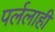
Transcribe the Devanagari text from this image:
पर्ललाही